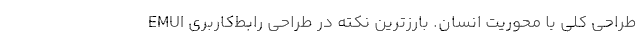
طراحی کلی با محوریت انسان. بارزترین نکته در طراحی رابط‌کاربری EMUI